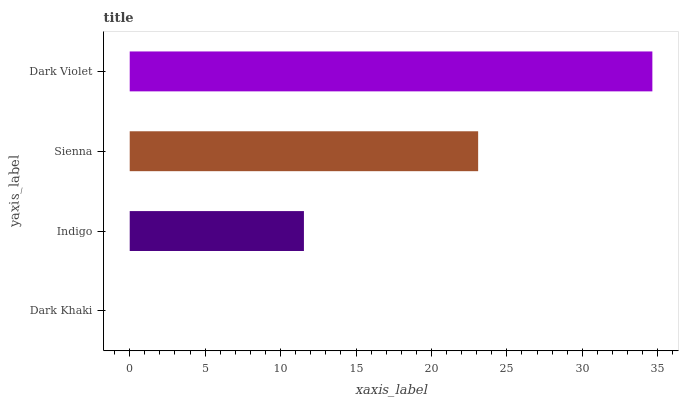
| yaxis_label | bars |
 | --- | --- |
 | Dark Khaki | 0 |
 | Indigo | 11.5 |
 | Sienna | 23.1 |
 | Dark Violet | 34.6 |